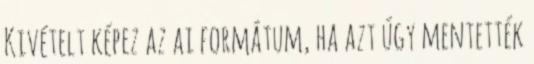
Kivételt képez az ai formátum, ha azt úgy mentették